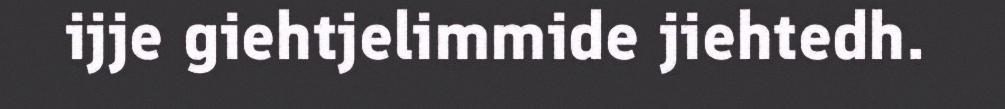
ijje giehtjelimmide jiehtedh.